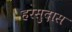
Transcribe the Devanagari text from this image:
हरसुदास